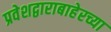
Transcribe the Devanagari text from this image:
प्रवेशद्वाराबाहेरच्या